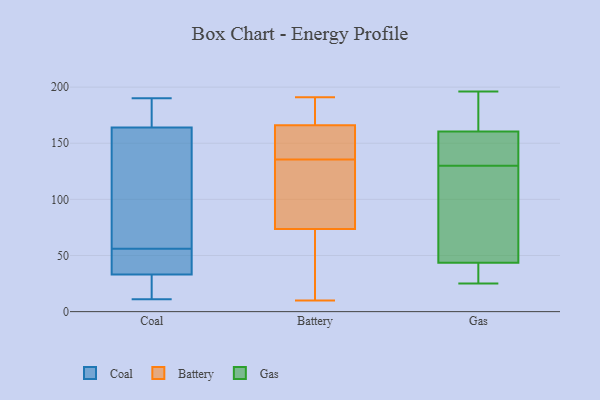
{"axis": {"x": "Satisfaction Score", "y": "Value"}, "legend": ["Battery", "Coal", "Gas"], "data": [{"x": "", "y": 11, "type": "Coal"}, {"x": "", "y": 49, "type": "Coal"}, {"x": "", "y": 56, "type": "Coal"}, {"x": "", "y": 56, "type": "Coal"}, {"x": "", "y": 11, "type": "Coal"}, {"x": "", "y": 171, "type": "Coal"}, {"x": "", "y": 39, "type": "Coal"}, {"x": "", "y": 190, "type": "Coal"}, {"x": "", "y": 94, "type": "Coal"}, {"x": "", "y": 33, "type": "Coal"}, {"x": "", "y": 30, "type": "Coal"}, {"x": "", "y": 140, "type": "Coal"}, {"x": "", "y": 185, "type": "Coal"}, {"x": "", "y": 164, "type": "Coal"}, {"x": "", "y": 172, "type": "Battery"}, {"x": "", "y": 171, "type": "Battery"}, {"x": "", "y": 10, "type": "Battery"}, {"x": "", "y": 181, "type": "Battery"}, {"x": "", "y": 145, "type": "Battery"}, {"x": "", "y": 37, "type": "Battery"}, {"x": "", "y": 191, "type": "Battery"}, {"x": "", "y": 89, "type": "Battery"}, {"x": "", "y": 130, "type": "Battery"}, {"x": "", "y": 68, "type": "Battery"}, {"x": "", "y": 161, "type": "Battery"}, {"x": "", "y": 57, "type": "Battery"}, {"x": "", "y": 141, "type": "Battery"}, {"x": "", "y": 106, "type": "Battery"}, {"x": "", "y": 79, "type": "Battery"}, {"x": "", "y": 48, "type": "Battery"}, {"x": "", "y": 123, "type": "Battery"}, {"x": "", "y": 143, "type": "Battery"}, {"x": "", "y": 141, "type": "Battery"}, {"x": "", "y": 171, "type": "Battery"}, {"x": "", "y": 62, "type": "Gas"}, {"x": "", "y": 176, "type": "Gas"}, {"x": "", "y": 86, "type": "Gas"}, {"x": "", "y": 134, "type": "Gas"}, {"x": "", "y": 130, "type": "Gas"}, {"x": "", "y": 148, "type": "Gas"}, {"x": "", "y": 33, "type": "Gas"}, {"x": "", "y": 186, "type": "Gas"}, {"x": "", "y": 42, "type": "Gas"}, {"x": "", "y": 37, "type": "Gas"}, {"x": "", "y": 196, "type": "Gas"}, {"x": "", "y": 162, "type": "Gas"}, {"x": "", "y": 25, "type": "Gas"}, {"x": "", "y": 196, "type": "Gas"}, {"x": "", "y": 85, "type": "Gas"}, {"x": "", "y": 143, "type": "Gas"}, {"x": "", "y": 38, "type": "Gas"}, {"x": "", "y": 156, "type": "Gas"}, {"x": "", "y": 48, "type": "Gas"}]}